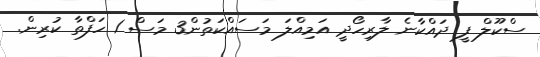
ސްކޫލް ފީ ދައްކާނެ ލާރިހޯދީ އަމިއްލަ މަސައްކަތުން3 މަސް 1 ހަފްތާ ކުރިން.